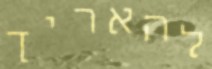
להאריך